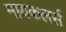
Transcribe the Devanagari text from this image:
मायकलर्स